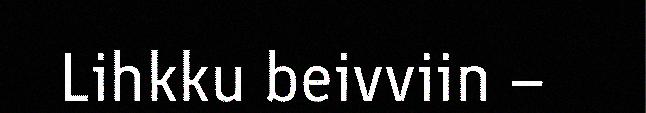
Lihkku beivviin –